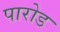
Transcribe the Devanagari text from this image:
पारोड